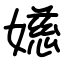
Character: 嬨